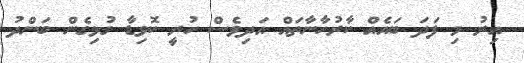
އިރު މި ފަދަ ބައެއް ކާރުހާނާތައް އަދިވެސް ހުރީ ކޮވިޑާ ގުޅިގެން ބަންދު